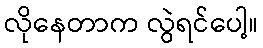
လိုနေတာက လွဲရင်ပေါ့။